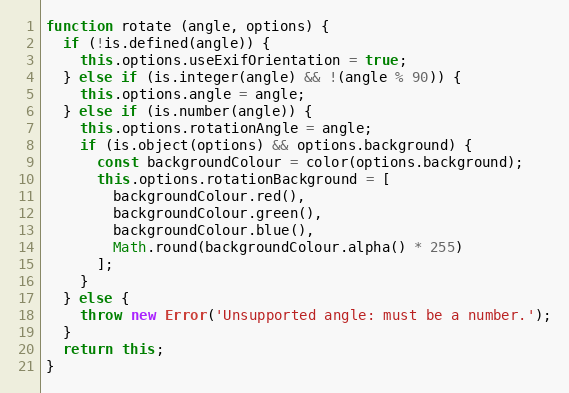
Language: JavaScript
function rotate (angle, options) {
  if (!is.defined(angle)) {
    this.options.useExifOrientation = true;
  } else if (is.integer(angle) && !(angle % 90)) {
    this.options.angle = angle;
  } else if (is.number(angle)) {
    this.options.rotationAngle = angle;
    if (is.object(options) && options.background) {
      const backgroundColour = color(options.background);
      this.options.rotationBackground = [
        backgroundColour.red(),
        backgroundColour.green(),
        backgroundColour.blue(),
        Math.round(backgroundColour.alpha() * 255)
      ];
    }
  } else {
    throw new Error('Unsupported angle: must be a number.');
  }
  return this;
}